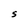
Character: S